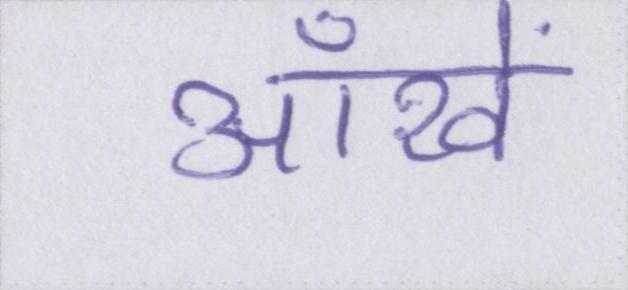
ऑंखें